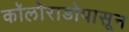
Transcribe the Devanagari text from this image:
कॉलोराडोपासून